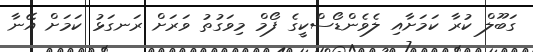
ގަބޫލް ކުރާ ކަމަށާއި ލެވެންޑޯސްކީގެ ފޯމް މިވަގުތު ވަރަށް ރަނގަޅު ކަމަށް އޭނާ